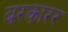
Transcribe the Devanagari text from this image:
बरकारर